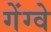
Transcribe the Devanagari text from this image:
गेंग्वे